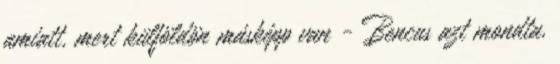
amiatt, mert külföldön másképp van - Bencus azt mondta,